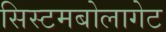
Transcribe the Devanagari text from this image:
सिस्टमबोलागेट